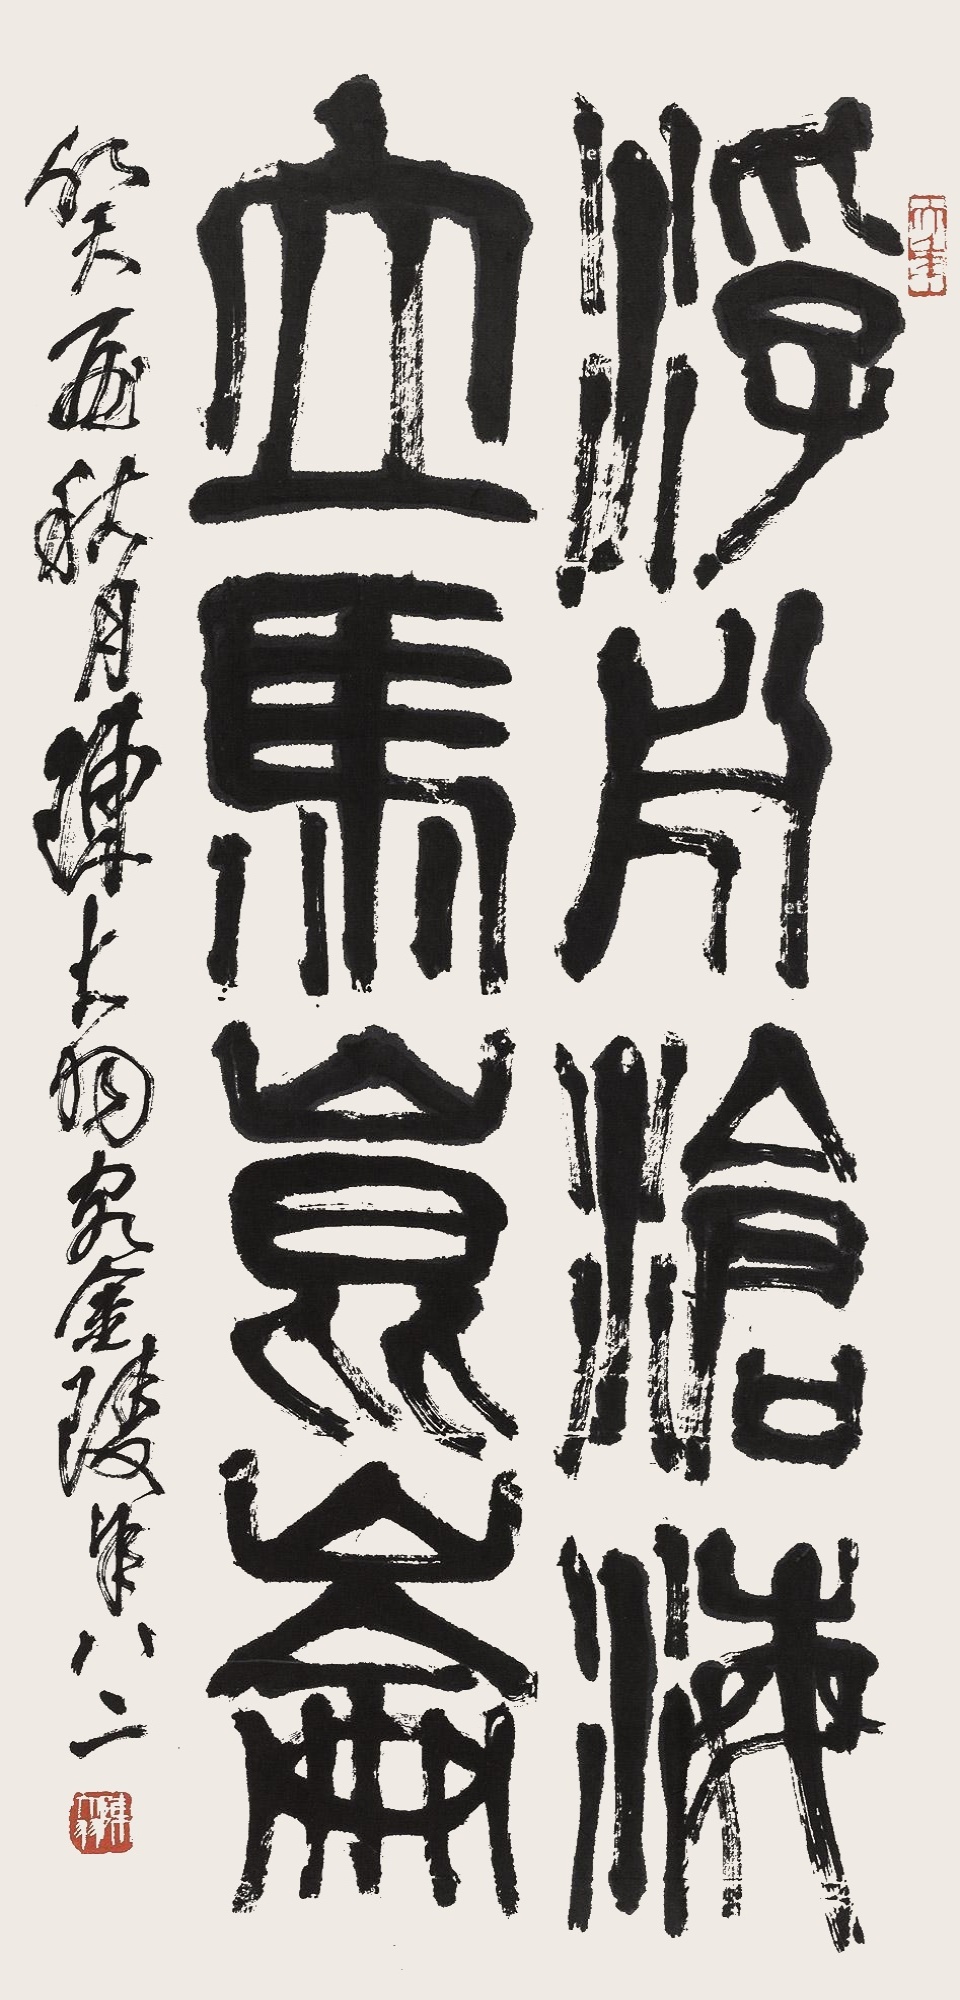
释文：浮舟沧海，立马昆仑。癸酉秋月。陈大羽客金陵，年八二。